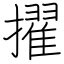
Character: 擢